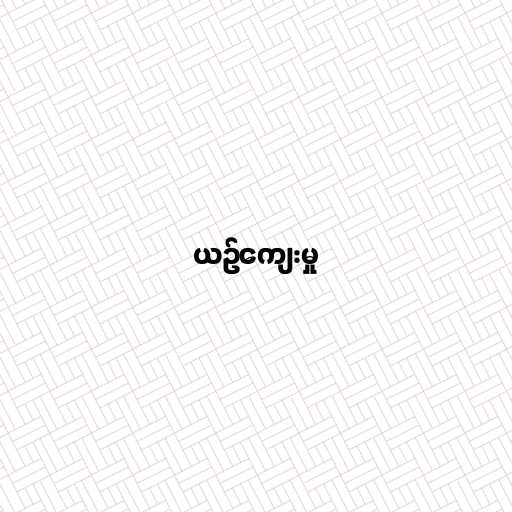
ယဉ်ကျေးမှု